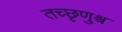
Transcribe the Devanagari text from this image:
तच्छृणुश्व